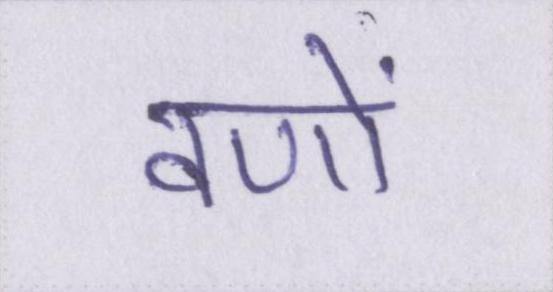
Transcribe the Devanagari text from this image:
वणों